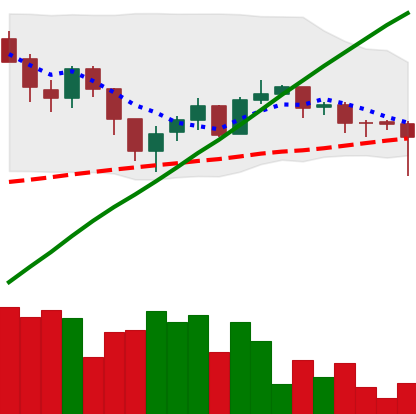
Ticker: LTC-USD
Chart end date: 2017-07-28
Forward return: 3.737%
Label: up_3_5